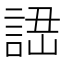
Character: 䛝